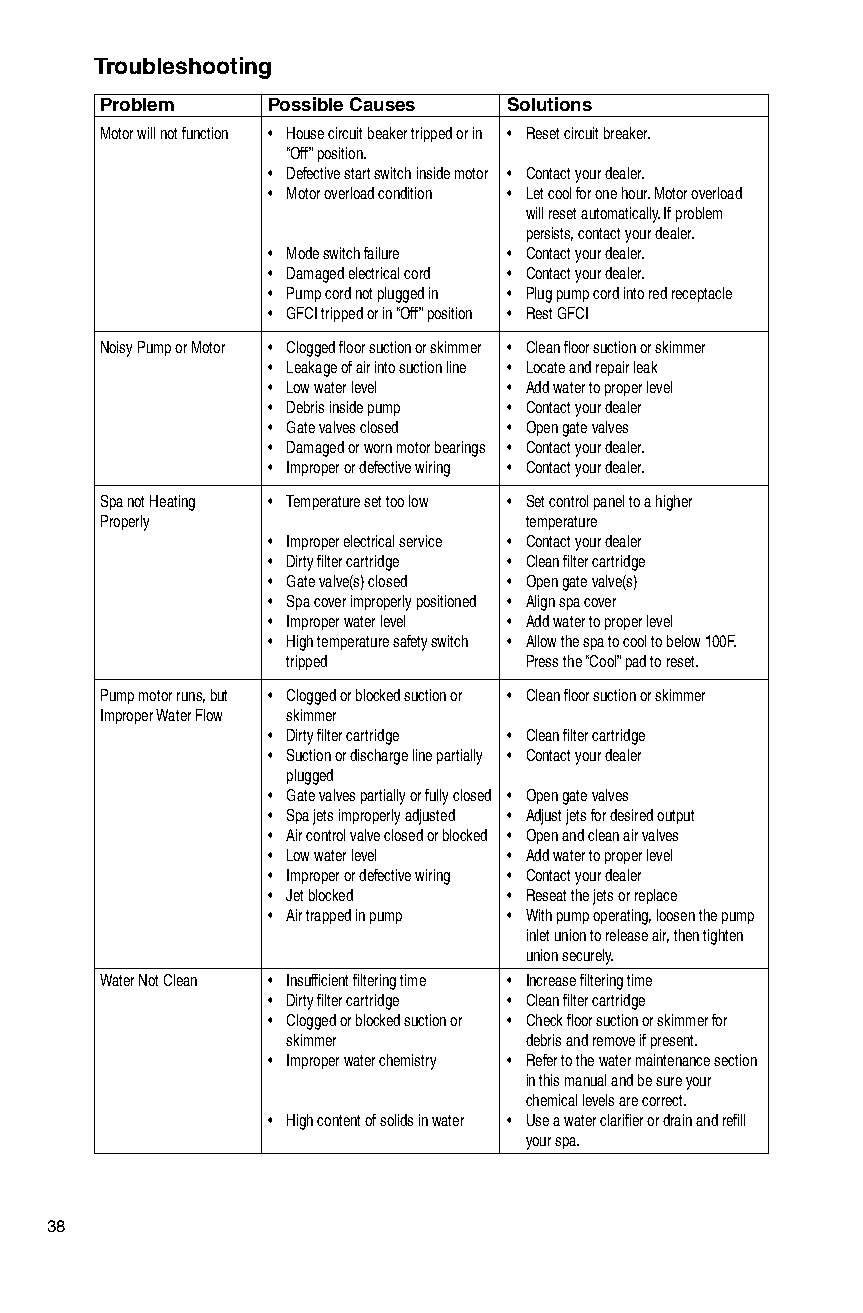
Troubleshooting
 Problem    Possible Causes Solutions
 Motor will not function • House circuit beaker tripped or in • Reset circuit breaker.
 “Off” position.
 • Defective start switch inside motor • Contact your dealer.
 • Motor overload condition • Let cool for one hour. Motor overload
 will reset automatically. If problem
 persists, contact your dealer.
 • Mode switch failure • Contact your dealer.
 • Damaged electrical cord • Contact your dealer.
 • Pump cord not plugged in • Plug pump cord into red receptacle
 • GFCI tripped or in “Off” position • Rest GFCI
 Noisy Pump or Motor • Clogged floor suction or skimmer • Clean floor suction or skimmer
 • Leakage of air into suction line • Locate and repair leak
 • Low water level • Add water to proper level
 • Debris inside pump • Contact your dealer
 • Gate valves closed • Open gate valves
 • Damaged or worn motor bearings • Contact your dealer.
 • Improper or defective wiring • Contact your dealer.
 Spa not Heating • Temperature set too low • Set control panel to a higher
 Properly                    temperature
 • Improper electrical service • Contact your dealer
 • Dirty filter cartridge • Clean filter cartridge
 • Gate valve(s) closed • Open gate valve(s)
 • Spa cover improperly positioned • Align spa cover
 • Improper water level • Add water to proper level
 • High temperature safety switch • Allow the spa to cool to below 100F.
 tripped         Press the “Cool” pad to reset.
 Pump motor runs, but • Clogged or blocked suction or • Clean floor suction or skimmer
 Improper Water Flow skimmer
 • Dirty filter cartridge • Clean filter cartridge
 • Suction or discharge line partially • Contact your dealer
 plugged
 • Gate valves partially or fully closed • Open gate valves
 • Spa jets improperly adjusted • Adjust jets for desired output
 • Air control valve closed or blocked • Open and clean air valves
 • Low water level • Add water to proper level
 • Improper or defective wiring • Contact your dealer
 • Jet blocked   • Reseat the jets or replace
 • Air trapped in pump • With pump operating, loosen the pump
 inlet union to release air, then tighten
 union securely.
 Water Not Clean • Insufficient filtering time • Increase filtering time
 • Dirty filter cartridge • Clean filter cartridge
 • Clogged or blocked suction or • Check floor suction or skimmer for
 skimmer         debris and remove if present.
 • Improper water chemistry • Refer to the water maintenance section
 in this manual and be sure your
 chemical levels are correct.
 • High content of solids in water • Use a water clarifier or drain and refill
 your spa.
 38